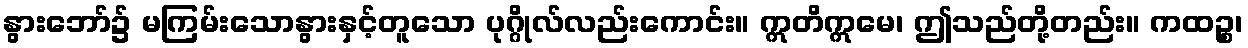
နွားဘော်၌ မကြမ်းသောနွားနှင့်တူသော ပုဂ္ဂိုလ်လည်းကောင်း။ ဣတိဣမေ၊ ဤသည်တို့တည်း။ ကထဉ္စ၊